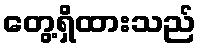
တွေ့ရှိထားသည်